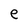
Character: e